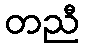
တညီ